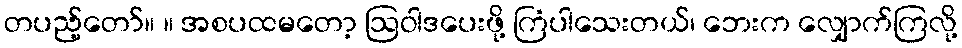
တပည့်တော်။ ။ အစပထမတော့ ဩဝါဒပေးဖို့ ကြံပါသေးတယ်၊ ဘေးက လျှောက်ကြလို့